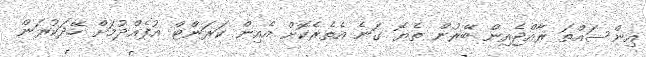
އިންސައްތަ ރާއްޖެއިން ބޭރުން ތެޔޮ ގަނެ އެތެރެކޮށް އެއިން ކަރަންޓް އުފެއްދުމަށް ހޭދަކުރަން